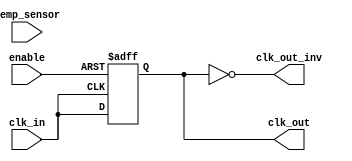
module TempCompClockBuffer (
    input wire clk_in,               // Input clock signal
    input wire [7:0] temp_sensor,    // Temperature sensor input (8-bit for simplicity)
    input wire enable,                // Enable signal for the buffer
    output wire clk_out,              // Output clock signal
    output wire clk_out_inv           // Inverted clock output (if needed)
);

    // Parameters for compensation logic
    parameter BASE_DELAY = 5;         // Base delay for clock signal (in ns)
    reg [3:0] delay_adjustment;        // Delay adjustment based on temperature
    reg clk_buffer;                    // Internal clock buffer signal

    // Compensation logic: Adjust delay based on temperature
    always @(*) begin
        if (temp_sensor < 8'd20) begin
            delay_adjustment = 4'd2;   // Increase delay for low temperature
        end else if (temp_sensor > 8'd80) begin
            delay_adjustment = 4'd1;   // Decrease delay for high temperature
        end else begin
            delay_adjustment = 4'd0;   // No adjustment for moderate temperature
        end
    end

    // Clock buffering with delay adjustment
    always @(posedge clk_in or negedge enable) begin
        if (!enable) begin
            clk_buffer <= 1'b0;         // Disable clock buffer
        end else begin
            # (BASE_DELAY + delay_adjustment) clk_buffer <= clk_in; // Adjusted delay
        end
    end

    // Output stage
    assign clk_out = clk_buffer;        // Output the buffered clock
    assign clk_out_inv = ~clk_buffer;   // Inverted clock output

endmodule